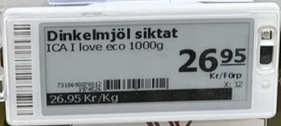
Vara: Dinkelmjöl siktat
Genomsnittspris: 26.95 per kg